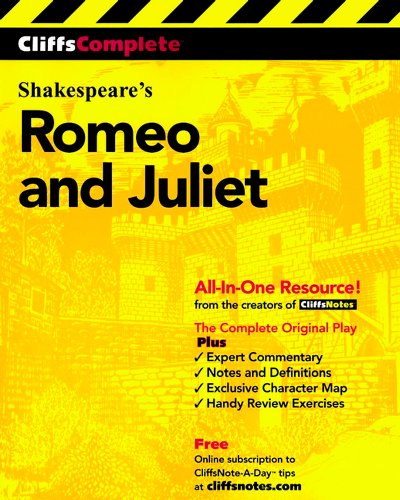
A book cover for CliffsComplete Romeo and Juliet; William Shakespeare; Literature & Fiction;